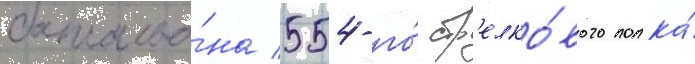
батальо́на 554-го́ стр'елко́вого полка́